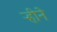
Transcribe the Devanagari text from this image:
ऱ्हीने